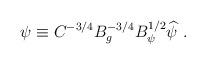
LaTeX: \begin{align*}\psi \equiv C^{-3/4} B_g^{-3/4} B^{1/2}_\psi \widehat\psi\ .\end{align*}